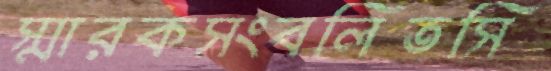
স্মারকসংবলিতসি